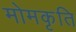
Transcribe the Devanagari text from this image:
मोमकृति